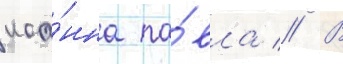
иоа́нна па́вла // В